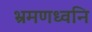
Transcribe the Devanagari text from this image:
भ्रमणध्वनि